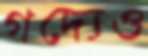
গদ্যেও